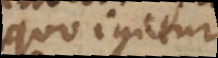
Quo igitur